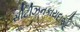
સીટીઝનકાયદાઓ